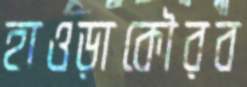
হাওড়াকৌরব